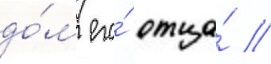
до́м его́ отца́ //